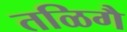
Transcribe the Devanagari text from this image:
तळिगै